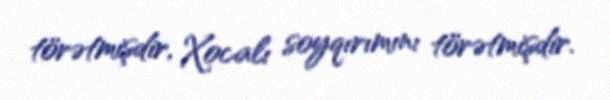
törətmişdir, Xocalı soyqırımını törətmişdir.